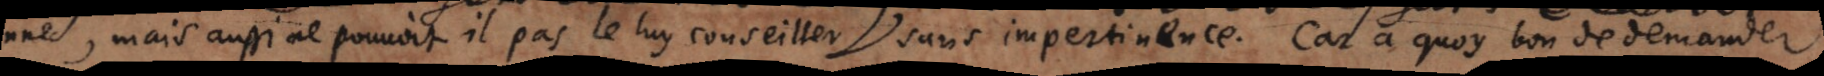
mais aussi ne pouvoit il pas le luy conseiller sans impertinence. Car a quoy bon de demander